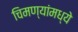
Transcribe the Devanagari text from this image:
चिमण्यांमध्ये